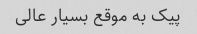
پیک به موقع بسیار عالی